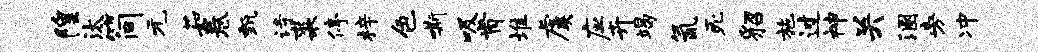
隍汰简元茹卷甄诗裘停梓色嘶吸肯堆虞应卉竭氤死貂施过神关溷旁冲